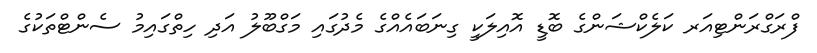
ފްރަގްރަންޓިއަރ ކަލެކްޝަންގެ ބޮޑީ އޮއިލަކީ ގިނަބައެއްގެ މެދުގައި މަގްބޫލު އަދި ހިތްގައިމު ސެންޓްތަކުގެ